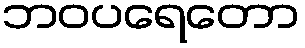
ဘဝပရေတော